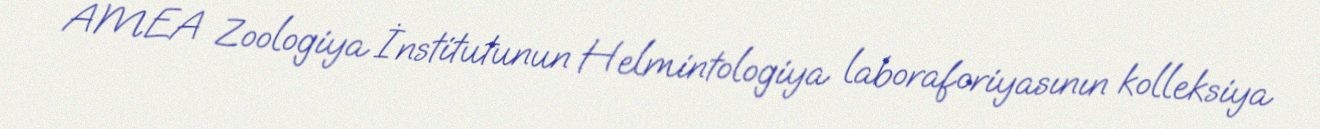
AMEA Zoologiya İnstitutunun Helmintologiya laboraforiyasının kolleksiya